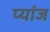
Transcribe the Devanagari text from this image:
प्यांज